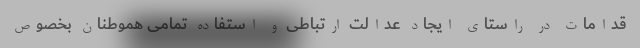
قدامات در راستای ایجاد عدالت ارتباطی و استفاده تمامی هموطنان بخصوص